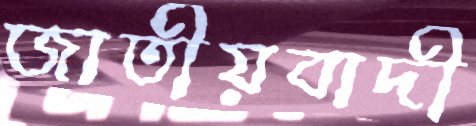
জাতীয়বাদী